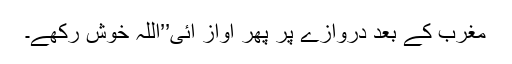
مغرب کے بعد دروازے پر پھر آواز آئی’’اللہ خوش رکھے۔